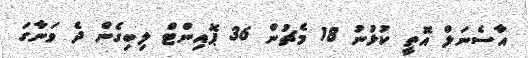
އާސެނަލް އޮތީ ކުޅުނު 18 މެޗުން 36 ޕޮއިންޓް ލިބިގެން ދެ ވަނާގަ